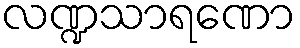
လဏ္ဍသာရဏော